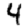
Digit: 4